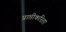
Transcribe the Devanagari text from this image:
प्राप्तीकरिता